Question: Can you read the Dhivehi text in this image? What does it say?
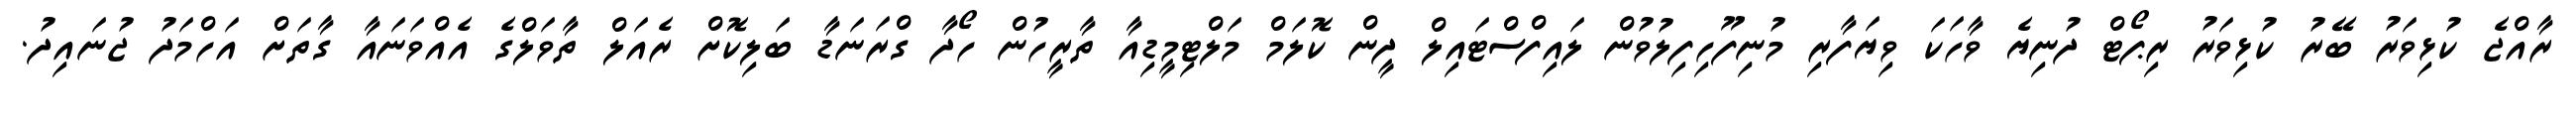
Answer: ރާއްޖެ ކުޅިވަރު ބޭރު ކުޅިވަރު ރިޕޯޓް ދުނިޔެ ވާހަކަ ވިޔަފާރި މުނިފޫހިފިލުވުން ލައިފްސްޓައިލް ދީން ކޮލަމް މަލްޓިމީޑިއާ ތާރީހުން ހޯދާ ގްރަނަޑާ ބަލިކޮށް ރެއަލް ތާވަލްގެ އެއްވަނައާ ގާތަށް އަހްމަދު ޖުނައިދު.